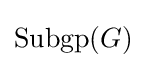
\mathrm {Subgp} (G)